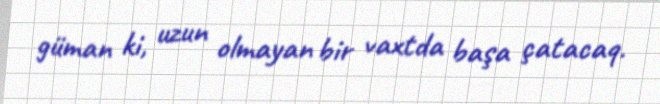
güman ki, uzun olmayan bir vaxtda başa çatacaq.